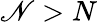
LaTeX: \mathscr{N}>N